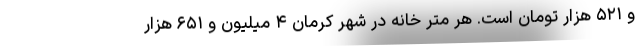
و ۵۲۱ هزار تومان است. هر متر خانه در شهر کرمان ۴ میلیون و ۶۵۱ هزار